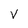
Character: V